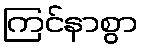
ကြင်နာစွာ